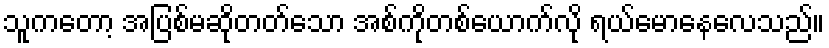
သူကတော့ အပြစ်မဆိုတတ်သော အစ်ကိုတစ်ယောက်လို ရယ်မောနေလေသည်။